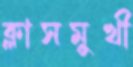
ক্লাসমুখী